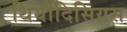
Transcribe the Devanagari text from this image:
थियोदिसियस